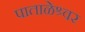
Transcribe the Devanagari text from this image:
पाताळेश्र्वर